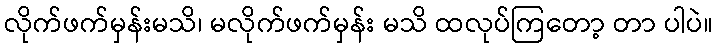
လိုက်ဖက်မှန်းမသိ၊ မလိုက်ဖက်မှန်း မသိ ထလုပ်ကြတော့ တာ ပါပဲ။